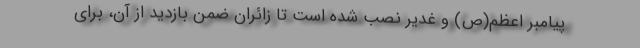
پیامبر اعظم(ص) و غدیر نصب شده است تا زائران ضمن بازدید از آن، برای